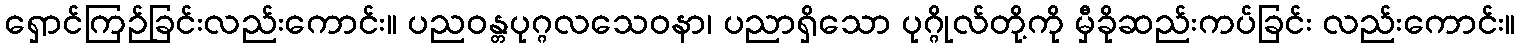
ရှောင်ကြဉ်ခြင်းလည်းကောင်း။ ပညဝန္တပုဂ္ဂလသေဝနာ၊ ပညာရှိသော ပုဂ္ဂိုလ်တို့ကို မှီခိုဆည်းကပ်ခြင်း လည်းကောင်း။